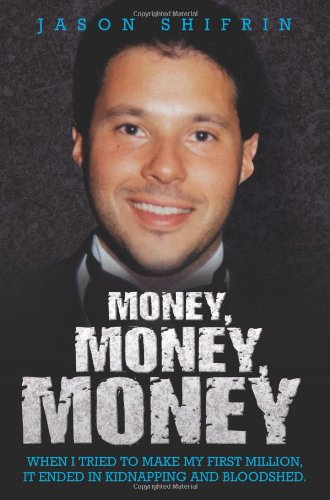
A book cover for Money, Money, Money; Jason Shifrin; Business & Money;